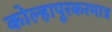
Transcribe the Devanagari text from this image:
कोल्हापूरकरमात्र